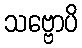
သဗ္ဗောပိ